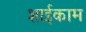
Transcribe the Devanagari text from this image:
शाईकाम